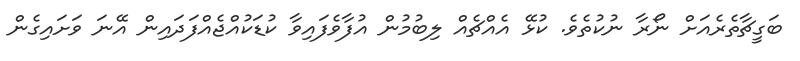
ބަގީޗާތެރެއަށް ނޯރާ ނުކުތެވެ. ކުޅޭ އެއްޗެއް ލިބުމުން އުފާވެފައިވާ ކުޑަކުއްޖެއްފަދައިން އޭނަ ވަށައިގެން